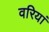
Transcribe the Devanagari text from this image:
वरियां